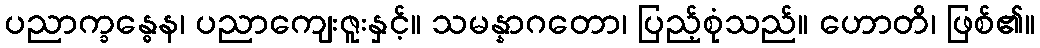
ပညာက္ခန္ဓေန၊ ပညာကျေးဇူးနှင့်။ သမန္နာဂတော၊ ပြည့်စုံသည်။ ဟောတိ၊ ဖြစ်၏။